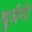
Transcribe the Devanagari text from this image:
बुर्ज़गी